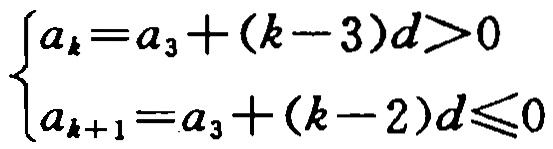
\(\begin{cases}

a_{k}=a_{3}+(k - 3)d>0 \\

a_{k + 1}=a_{3}+(k - 2)d\leqslant0

\end{cases}\)